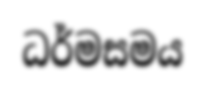
ධර්මසමය